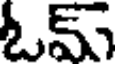
ఓమ్